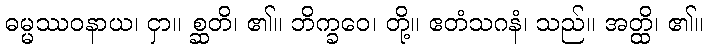
ဓမ္မဿဝနာယ၊ ငှာ။ စ္ဆတိ၊ ၏။ ဘိက္ခဝေ၊ တို့။ ဧတံသဂနံ၊ သည်။ အတ္ထိ၊ ၏။